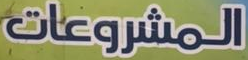
المشروعات